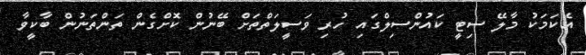
އެކަމަކު މާލޭ ސިޓީ ކައުންސިލްގައި ހުރި ވަސީލަތްތަށް ބޭނުން ކޮށްގެން ތަންތަނުން ބާކީވާ